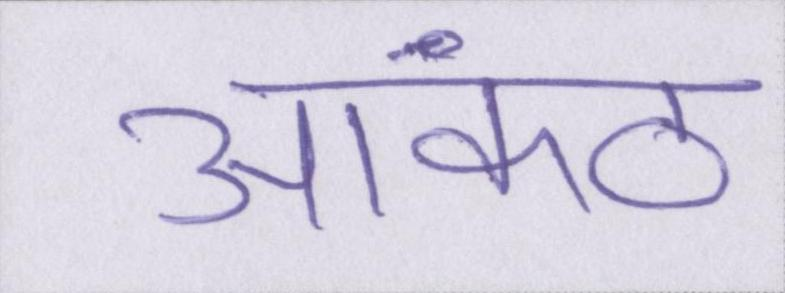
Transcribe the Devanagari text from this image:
आकंठ